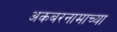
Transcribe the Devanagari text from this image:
अकबरनामाच्या